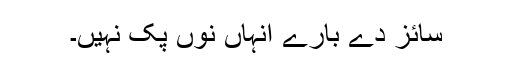
سائز دے بارے انہاں نوں پک نہیں۔